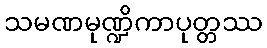
သမဏမုဏ္ဍိကာပုတ္တဿ